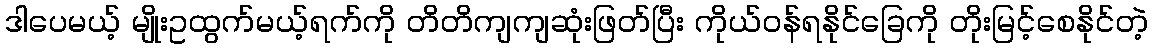
ဒါပေမယ့် မျိုးဥထွက်မယ့်ရက်ကို တိတိကျကျဆုံးဖြတ်ပြီး ကိုယ်ဝန်ရနိုင်ခြေကို တိုးမြင့်စေနိုင်တဲ့